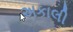
અકાલી